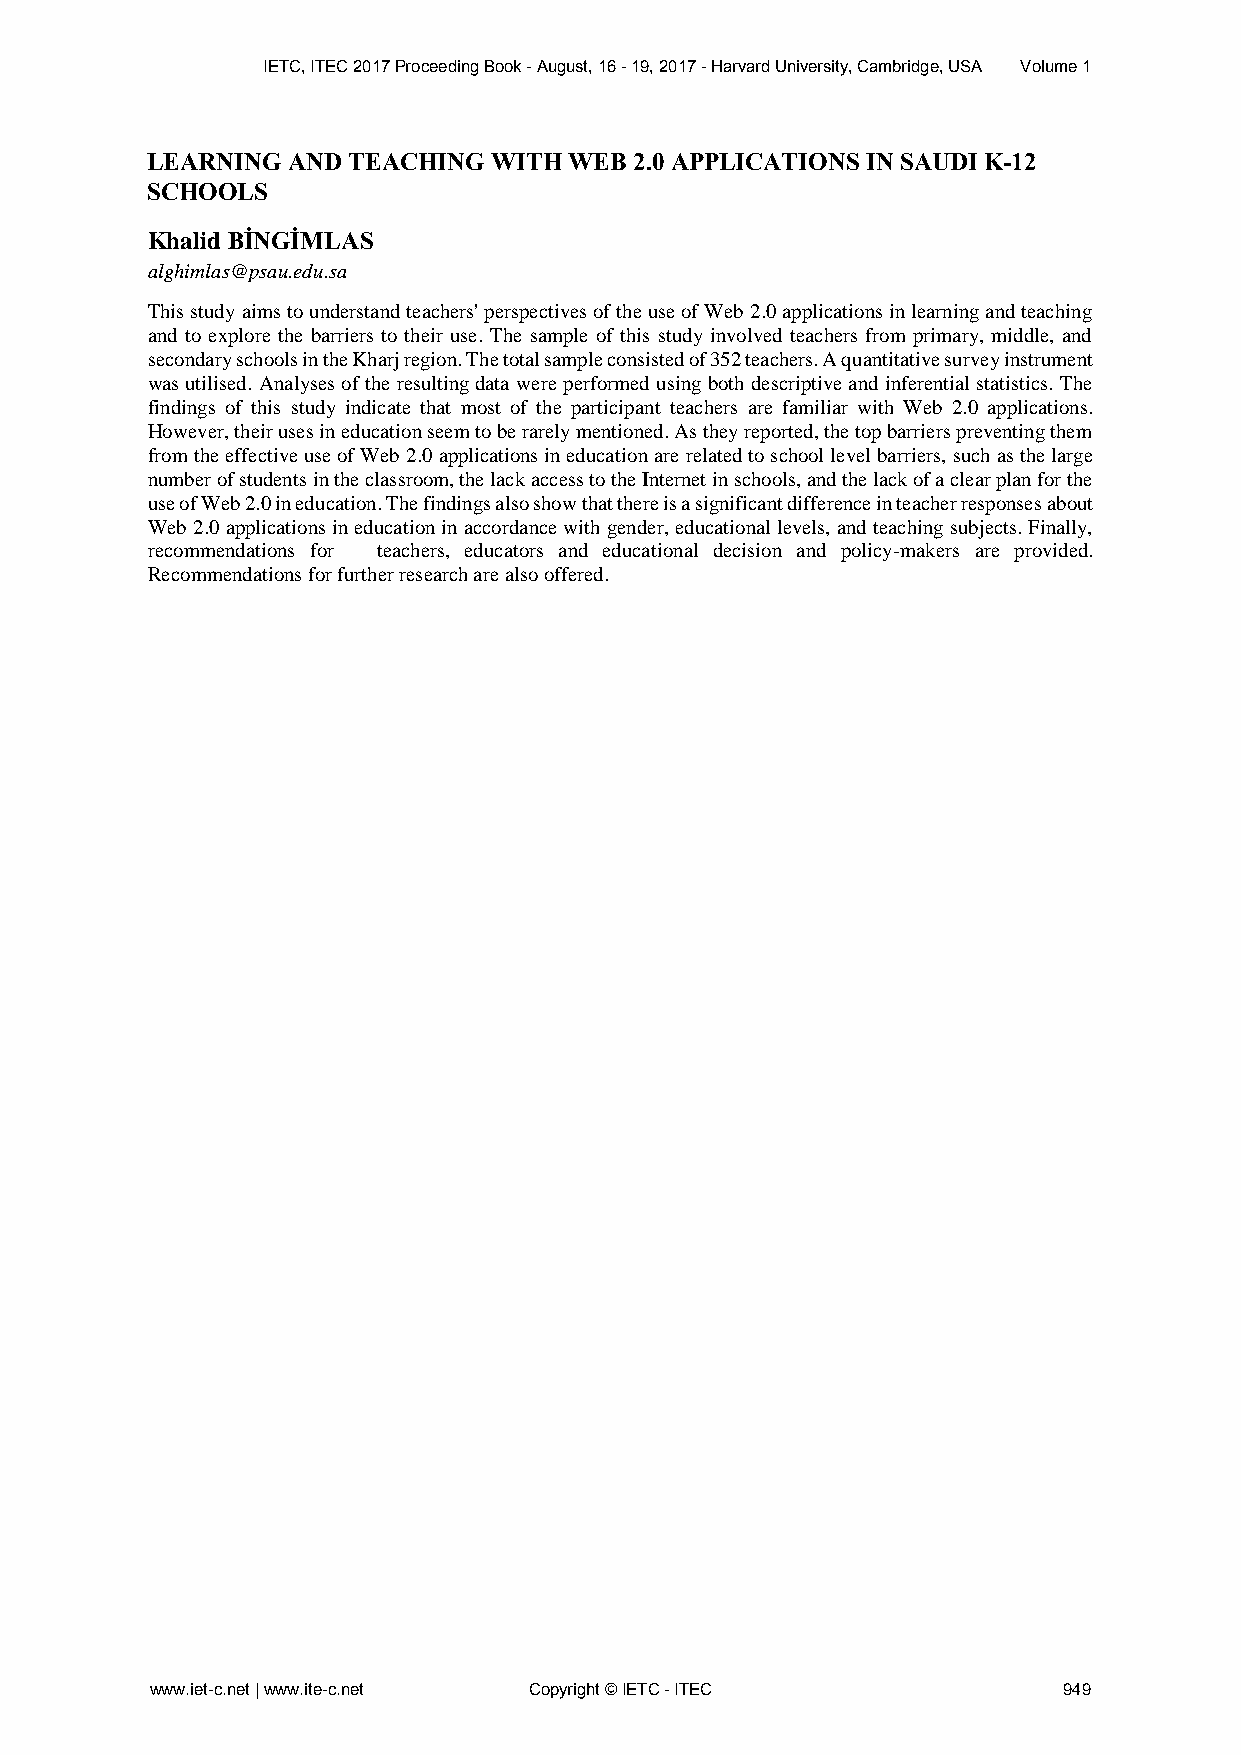
IETC, ITEC 2017 Proceeding Book - August, 16 - 19, 2017 - Harvard University, Cambridge, USA Volume 1
 LEARNING AND TEACHING  WITH WEB 2.0 APPLICATIONS IN SAUDI K-12
 SCHOOLS
 Khalid BİNGİMLAS
 alghimlas@psau.edu.sa
 This study aims to understand teachers' perspectives of the use of Web 2.0 applications in learning and teaching
 and to explore the barriers to their use. The sample of this study involved teachers from primary, middle, and
 secondary schools in the Kharj region. The total sample consisted of 352 teachers. A quantitative survey instrument
 was utilised. Analyses of the resulting data were performed using both descriptive and inferential statistics. The
 findings of this study indicate that most of the participant teachers are familiar with Web 2.0 applications.
 However, their uses in education seem to be rarely mentioned. As they reported, the top barriers preventing them
 from the effective use of Web 2.0 applications in education are related to school level barriers, such as the large
 number of students in the classroom, the lack access to the Internet in schools, and the lack of a clear plan for the
 use of Web 2.0 in education. The findings also show that there is a significant difference in teacher responses about
 Web 2.0 applications in education in accordance with gender, educational levels, and teaching subjects. Finally,
 recommendations for teachers, educators and educational decision and policy-makers are provided.
 Recommendations for further research are also offered.
 www.iet-c.net | www.ite-c.net Copyright © IETC - ITEC       949